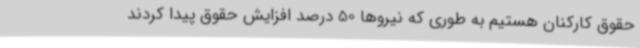
حقوق کارکنان هستیم به طوری که نیروها 50 درصد افزایش حقوق پیدا کردند